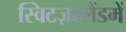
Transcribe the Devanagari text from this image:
स्विटज़रलैंडमें